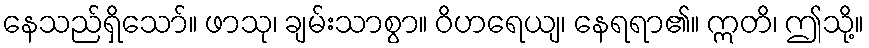
နေသည်ရှိသော်။ ဖာသု၊ ချမ်းသာစွာ။ ဝိဟရေယျ၊ နေရရာ၏။ ဣတိ၊ ဤသို့။